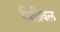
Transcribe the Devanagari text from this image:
प्रिक़्विल